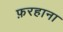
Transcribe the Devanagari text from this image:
फ़रहाना